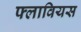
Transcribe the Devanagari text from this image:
फ्लावियस